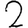
Digit: 2